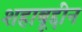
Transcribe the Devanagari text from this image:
शहाबूद्दीन